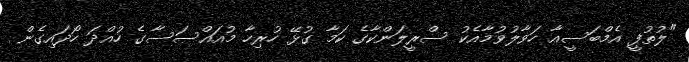
"ލުތުފީ އެމްބަސީއާ ހަވާލުވުމާއެކު ސްރީލަންކާގެ ކަމާ ގުޅޭ ހުރިހާ މުއައްސަސާގެ ހުއްދަ ހޯދައިގެން